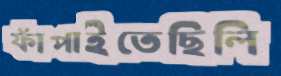
ফাঁপাইতেছিলি